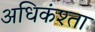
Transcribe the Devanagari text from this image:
अधिकंश्ता